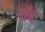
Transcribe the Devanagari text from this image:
गाँच